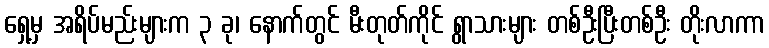
ရှေ့မှ အရိပ်မည်းများက ၃ ခု၊ နောက်တွင် မီးတုတ်ကိုင် ရွာသားများ တစ်ဦးပြီးတစ်ဦး တိုးလာကာ